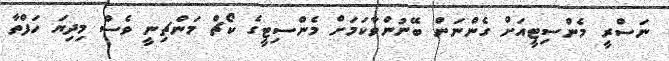
ނަސްރީ މެންސިޓީއަށް ގެންނަން ބޭނުންވާކަމަށް މެންސިޓީގެ ކޯޗް މަންޗިނީ ވެސް މިދިޔަ ހަފްތާ